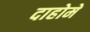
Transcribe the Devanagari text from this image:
दाहोमे